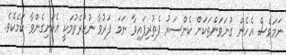
ނަމަވެސް އެހެން ގުނަވަންތަކަށް ކެންސަރު ފެތުރިފައިވާ ނަމަ ފަރުވާ ނުކުރެވުމަކީ އެކަށިގެންވާ ކަމެކެވެ.